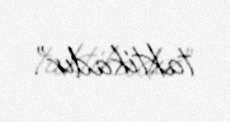
taktikadır”.